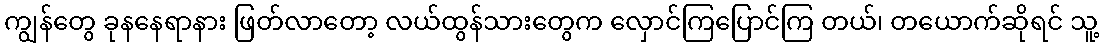
ကျွန်တွေ ခုနနေရာနား ဖြတ်လာတော့ လယ်ထွန်သားတွေက လှောင်ကြပြောင်ကြ တယ်၊ တယောက်ဆိုရင် သူ့